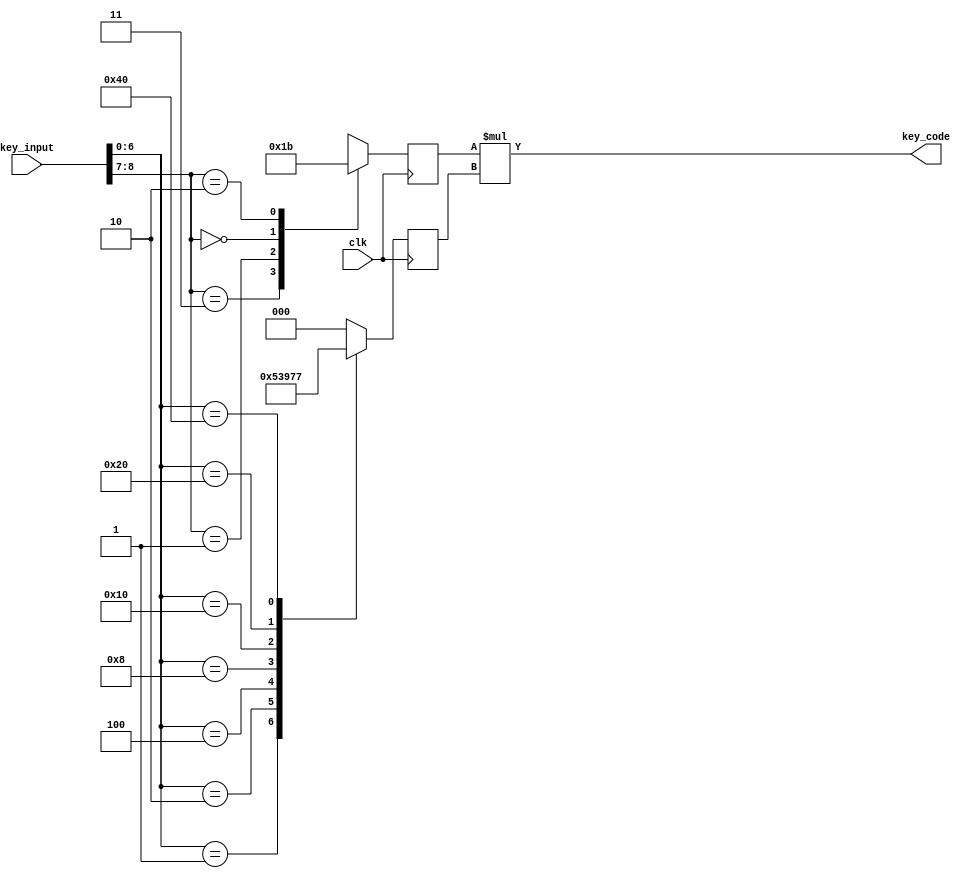
module key_encoder( key_input, key_code, clk );
   input [8:0] 	key_input;	// 5 push buttons will be used
   input 			clk;

   output [4:0] 	key_code; 	// 21 frequencies

   reg [2:0] 		key_note;
   reg [1:0] 		range;

   always @ (posedge clk) begin
      case (key_input[8:7]) 	// Medium Key
			2'b11: range <= 0;
			2'b01: range <= 1;
			2'b00: range <= 2;
			2'b10: range <= 3;
      endcase

      case (key_input[6:0]) 
			7'b0000001: key_note <= 1;
			7'b0000010: key_note <= 2;
			7'b0000100: key_note <= 3;
			7'b0001000: key_note <= 4;
			7'b0010000: key_note <= 5;
			7'b0100000: key_note <= 6;
			7'b1000000: key_note <= 7;
			default:    key_note <= 0;
      endcase
   end

   assign key_code[4:0] = range * key_note;

endmodule